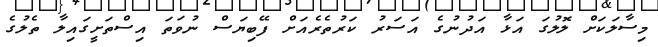
މިސާލަކަށް ލޮލުގަ އަޅާ އަދުނުގެ އަސަރު ކަރުތެރެއަށް ފޭބިޔަސް ނުވަތަ އިސްތަށީގައިލާ ތެލުގެ